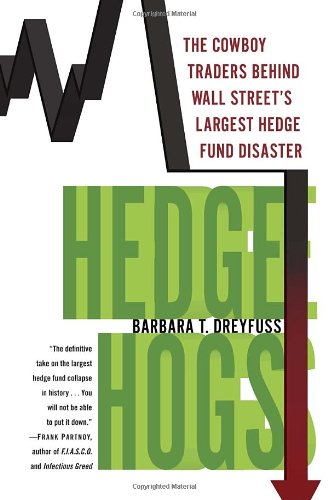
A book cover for Hedge Hogs: The Cowboy Traders Behind Wall Street's Largest Hedge Fund Disaster; Barbara T. Dreyfuss; Business & Money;